Madras plague regulations in force outside the Presidency town - Volume 1
Disease focus: Plague
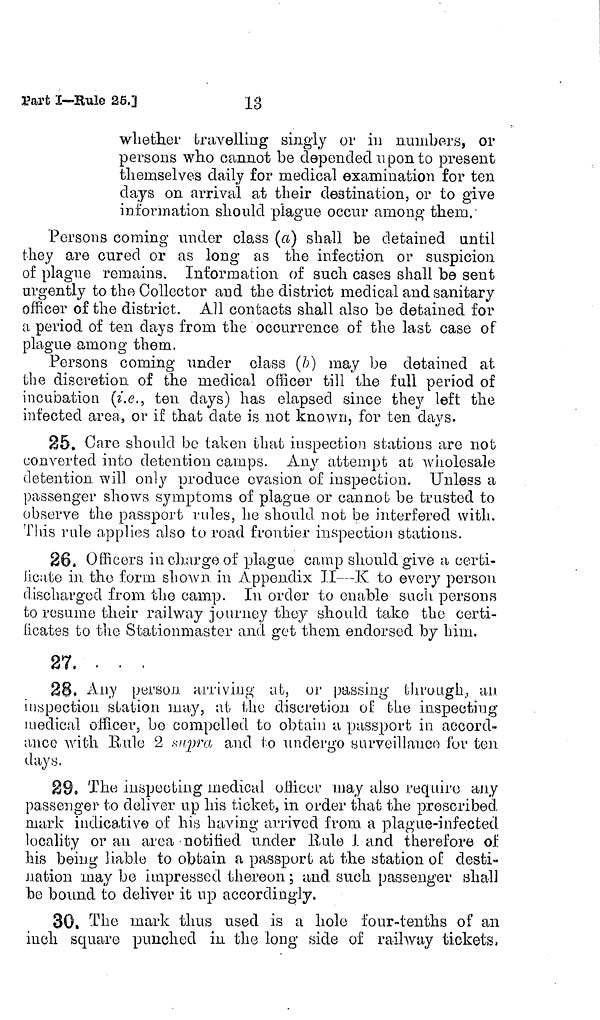
13
Part I—Rule 26,3
whether travelling singly or in numbers, or
persons who cannot be depended upon to present
themselves daily for medical examination for ten
days on arrival at their destination, or to give
information should plague occur among them.
Persons coming under class (a) shall be detained until
they are cured or as long as the infection or suspicion
of plague remains. Information of such cases shall be sent
urgently to the Collector and the district medical and sanitary
officer of the district. All contacts shall also be detained for
a period of ten days from the occurrence of the last case of
plague among them.
Persons coming under class (b) may be detained at
the discretion of the medical officer till the full period of
incubation (i.e., ten days) has elapsed since they left the
infected area, or if that date is not known, for ten days.
25. Care should be taken that inspection stations are not
converted into detention camps. Any attempt at wholesale
detention will only produce evasion of inspection. Unless a
passenger shows symptoms of plague or cannot be trusted to
observe the passport rules, he should not be interfered with.
This rule applies also to road frontier inspection stations.
26. Officers in charge of plague camp should give a certi-
licate in. the form shown in Appendix JI—K to every person
discharged from the camp. In order to enable such persons
to resume their railway journey they should take the certi-
ficates to the Stationmaster and get them endorsed by him.
27, ...
28. Any person arriving ab, or passing through., an
inspection station may, at the discretion of the inspecting
medical officer, be compelled to obtain a passport in accord-
ance with Rule 2 supra and to undergo surveillanco for ten
days.
29. The inspecting medical officer may also require any
passenger to deliver up his ticket, in order that the prescribed
mark indicative of his having arrived from a plague-infected
locality or an area -notified under Rule I and therefore of
his being liable to obtain a passport at the station of desti-
nation may be impressed thereon ; and such passenger shall
be bound to deliver it up accordingly.
30. The mark thus used is a hole four-tenths of an
inch square punched in the long side of railway tickets,